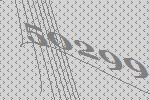
50299